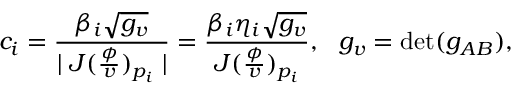
c _ { i } = \frac { \beta _ { i } \sqrt { g _ { v } } } { \mid J ( \frac \phi v ) _ { p _ { i } } \mid } = \frac { \beta _ { i } \eta _ { i } \sqrt { g _ { v } } } { J ( \frac \phi v ) _ { p _ { i } } } , \, \, \, \, g _ { v } = \operatorname * { d e t } ( g _ { A B } ) ,